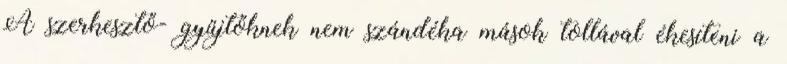
A szerkesztő- gyűjtőknek nem szándéka mások tollával ékesíteni a